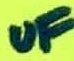
Text: µF